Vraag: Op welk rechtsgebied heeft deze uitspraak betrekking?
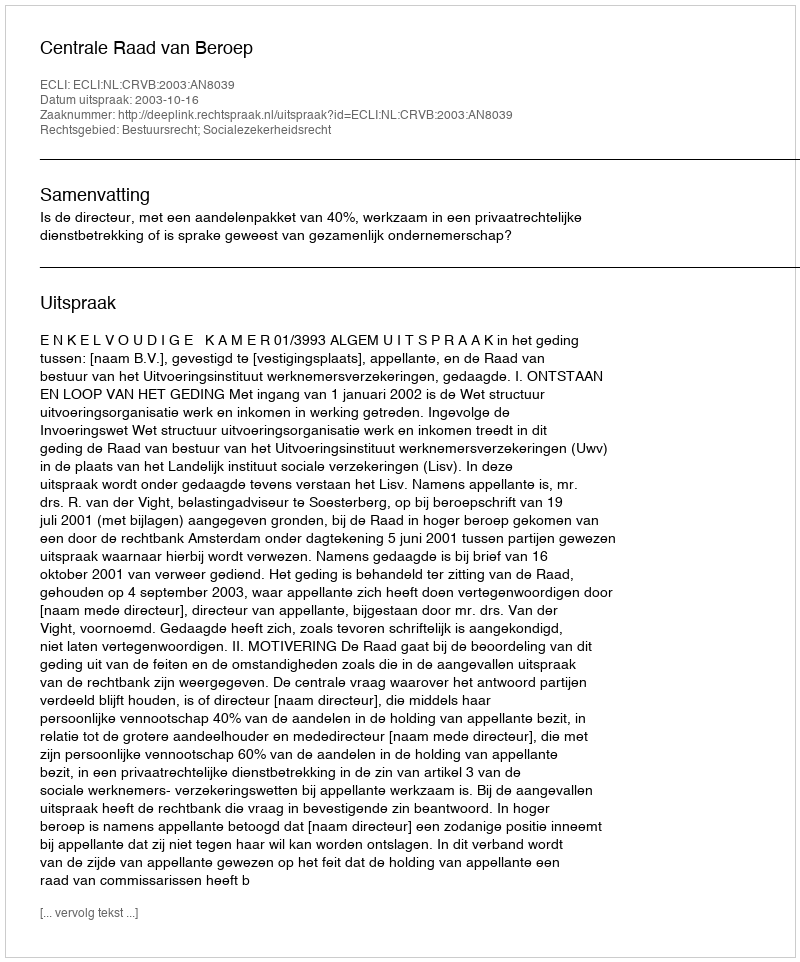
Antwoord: Bestuursrecht; Socialezekerheidsrecht